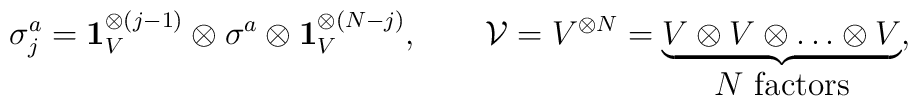
\sigma_{j}^{a} = \mathbf{1}^{\otimes (j-1)}_{V} \otimes \sigma_{}^{a}\otimes\mathbf{1}^{\otimes (N-j)}_{V}, \qquad{\cal V} = V^{\otimes N} =\underbrace{V\otimes V\otimes \ldots \otimes V}_{\mbox{$N$ factors}},